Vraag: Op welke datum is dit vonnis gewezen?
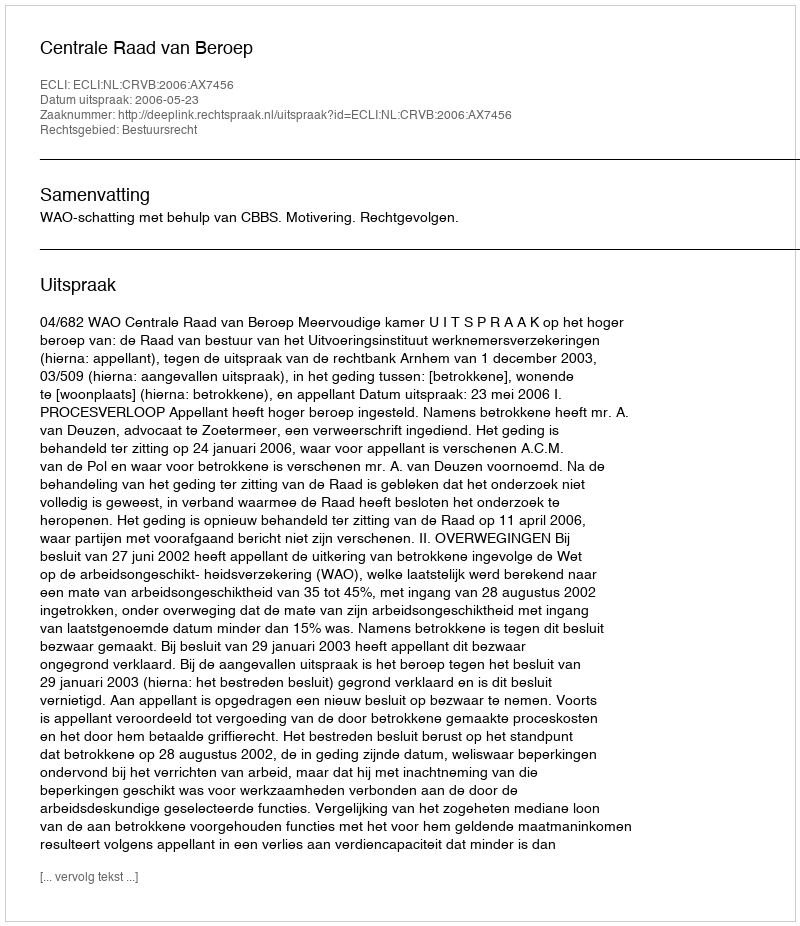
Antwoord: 2006-05-23